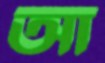
আ